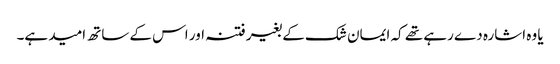
یا وہ اشارہ دے رہے تھے کہ ایمان شک کے بغیر فتنہ اور اس کے ساتھ امید ہے۔